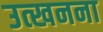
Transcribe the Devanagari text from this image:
उत्खनना